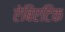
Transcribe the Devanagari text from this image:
ऐबिएटिक